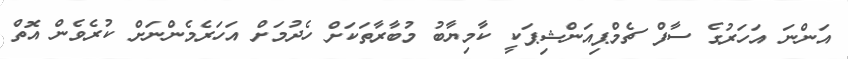
އަންނަ އަހަރުގެ ސާފް ޗެމްޕިއަންޝިޕަކީ ކާމިޔާބު މުބާރާތަކަށް ހެދުމަށް އަހަރެމެންނަށް ކުރެވެން އޮތް